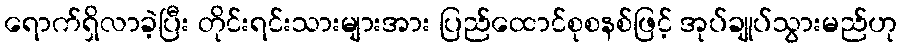
ရောက်ရှိလာခဲ့ပြီး တိုင်းရင်းသားများအား ပြည်ထောင်စုစနစ်ဖြင့် အုပ်ချုပ်သွားမည်ဟု